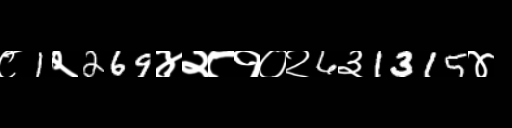
Text: ८1२269४२८१०२6३1315४